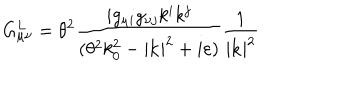
LaTeX: G _ { \mu \nu } ^ { L } = \theta ^ { 2 } \frac { i g _ { \mu i } g _ { \nu j } k ^ { i } k ^ { j } } { ( \theta ^ { 2 } k _ { 0 } ^ { 2 } - | \mathbf { k } | ^ { 2 } + i \varepsilon ) } \frac { 1 } { | \mathbf { k } | ^ { 2 } }